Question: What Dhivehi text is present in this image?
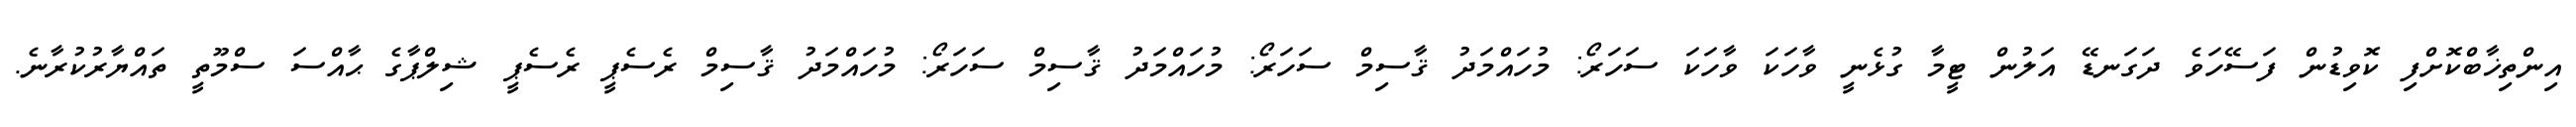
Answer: އިންތިޚާބްކޮށްފި ކޮވިޑުން ފަސޭހަވެ ދަގަނޑޭ އަލުން ޓީމާ ގުޅެނީ ވާހަކަ ވާހަކަ ސަހަރޯ: މުހައްމަދު ޤާސިމް ސަހަރޯ: މުހައްމަދު ޤާސިމް ސަހަރޯ: މުހައްމަދު ޤާސިމް ރެސެޕީ ރެސެޕީ ޝިލްޕާގެ ޙާއްސަ ސްމޫތީ ތައްޔާރުކުރާނެ.